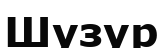
Шузур